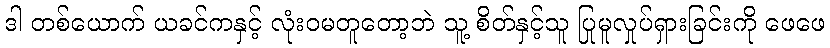
ဒါ တစ်ယောက် ယခင်ကနှင့် လုံးဝမတူတော့ဘဲ သူ့ စိတ်နှင့်သူ ပြုမူလှုပ်ရှားခြင်းကို ဖေဖေ